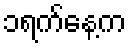
၁ရက်နေ့က